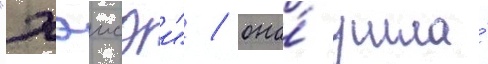
"хэисэи" / она́ ушла́